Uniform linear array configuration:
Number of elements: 64
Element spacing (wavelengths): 0.25
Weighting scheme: blackman
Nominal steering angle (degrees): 30
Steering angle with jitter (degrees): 28.28
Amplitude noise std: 0.05
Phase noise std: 0.05

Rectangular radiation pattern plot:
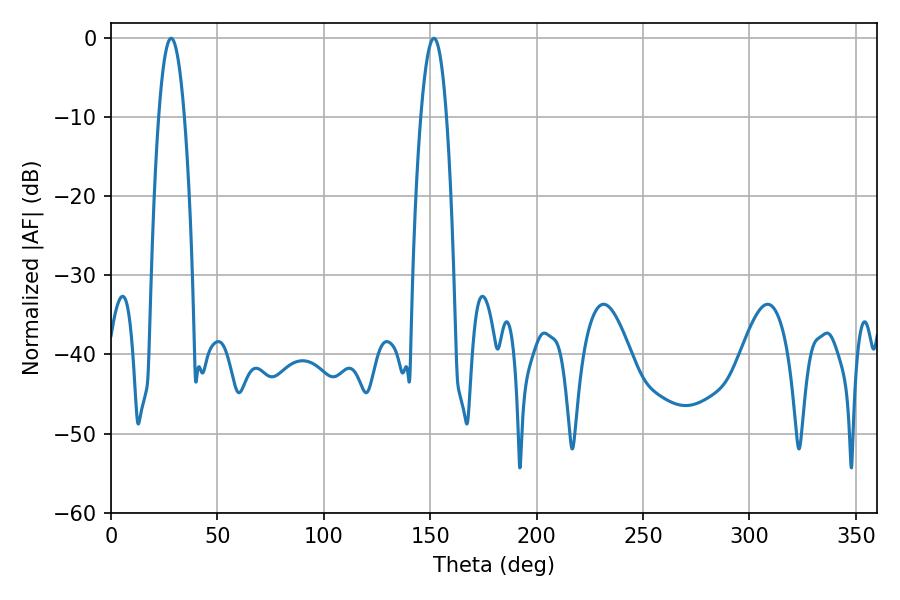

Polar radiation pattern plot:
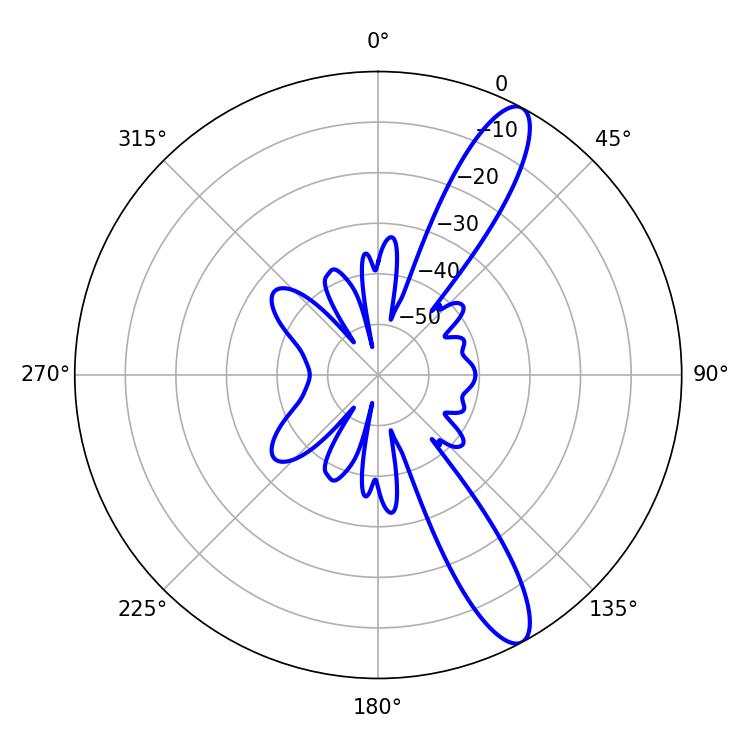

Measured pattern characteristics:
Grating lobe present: FALSE
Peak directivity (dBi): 12.272
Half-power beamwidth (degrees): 6.66
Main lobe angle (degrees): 28.26